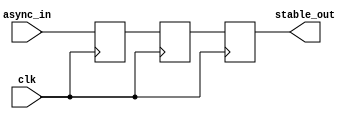
module metastability_filter #(
    parameter WIDTH = 1  // Width of the input signal
)(
    input  wire clk,          // Clock signal for synchronizing
    input  wire async_in,     // Asynchronous input signal
    output reg  [WIDTH-1:0] stable_out // Stabilized output signal
);

    // Internal signals for dual-stage synchronizer
    reg  [WIDTH-1:0] sync_ff1; // First flip-flop
    reg  [WIDTH-1:0] sync_ff2; // Second flip-flop

    // Dual-stage synchronizer
    always @(posedge clk) begin
        sync_ff1 <= async_in;  // Sample asynchronous input
        sync_ff2 <= sync_ff1;   // Transfer to second flip-flop
    end

    // Output stabilization
    always @(posedge clk) begin
        stable_out <= sync_ff2;  // Output the stable signal
    end

endmodule